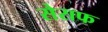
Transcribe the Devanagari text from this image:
सेराफ